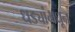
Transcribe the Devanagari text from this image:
धड्यांमधून